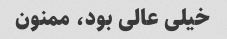
خیلی عالی بود، ممنون